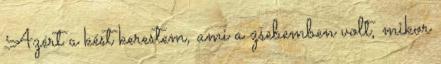
Azért a kést kerestem, ami a zsebemben volt, mikor